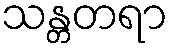
သန္တတရာ